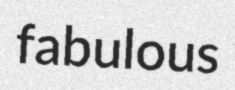
fabulous